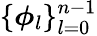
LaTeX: \{ \boldsymbol{\phi}_{l}\} _{l=0}^{n-1}